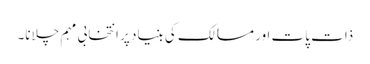
ذات پات اور مسالک کی بنیاد پر انتخابی مہم چلانا۔